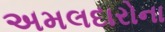
અમલદારોના